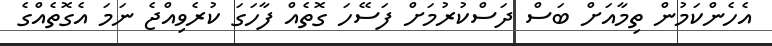
އެހެންކަމުން ތިމާއަށް ބަސް ދަސްކުރުމަށް ފަސޭހަ ގޮތެއް ފާހަގަ ކުރެވިއްޖެ ނަމަ އެގޮތެއްގެ